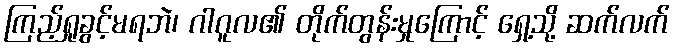
ကြည့်ရှုခွင့်မရဘဲ၊ ဂါဂူလ၏ တိုက်တွန်းမှုကြောင့် ရှေ့သို့ ဆက်လက်